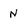
Character: N